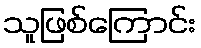
သူဖြစ်ကြောင်း